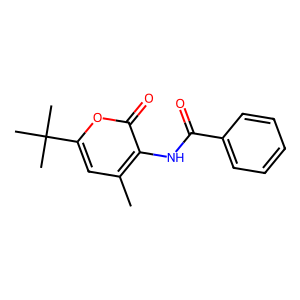
SMILES: Cc1cc(C(C)(C)C)oc(=O)c1NC(=O)c1ccccc1
Inhibits HIV replication: No